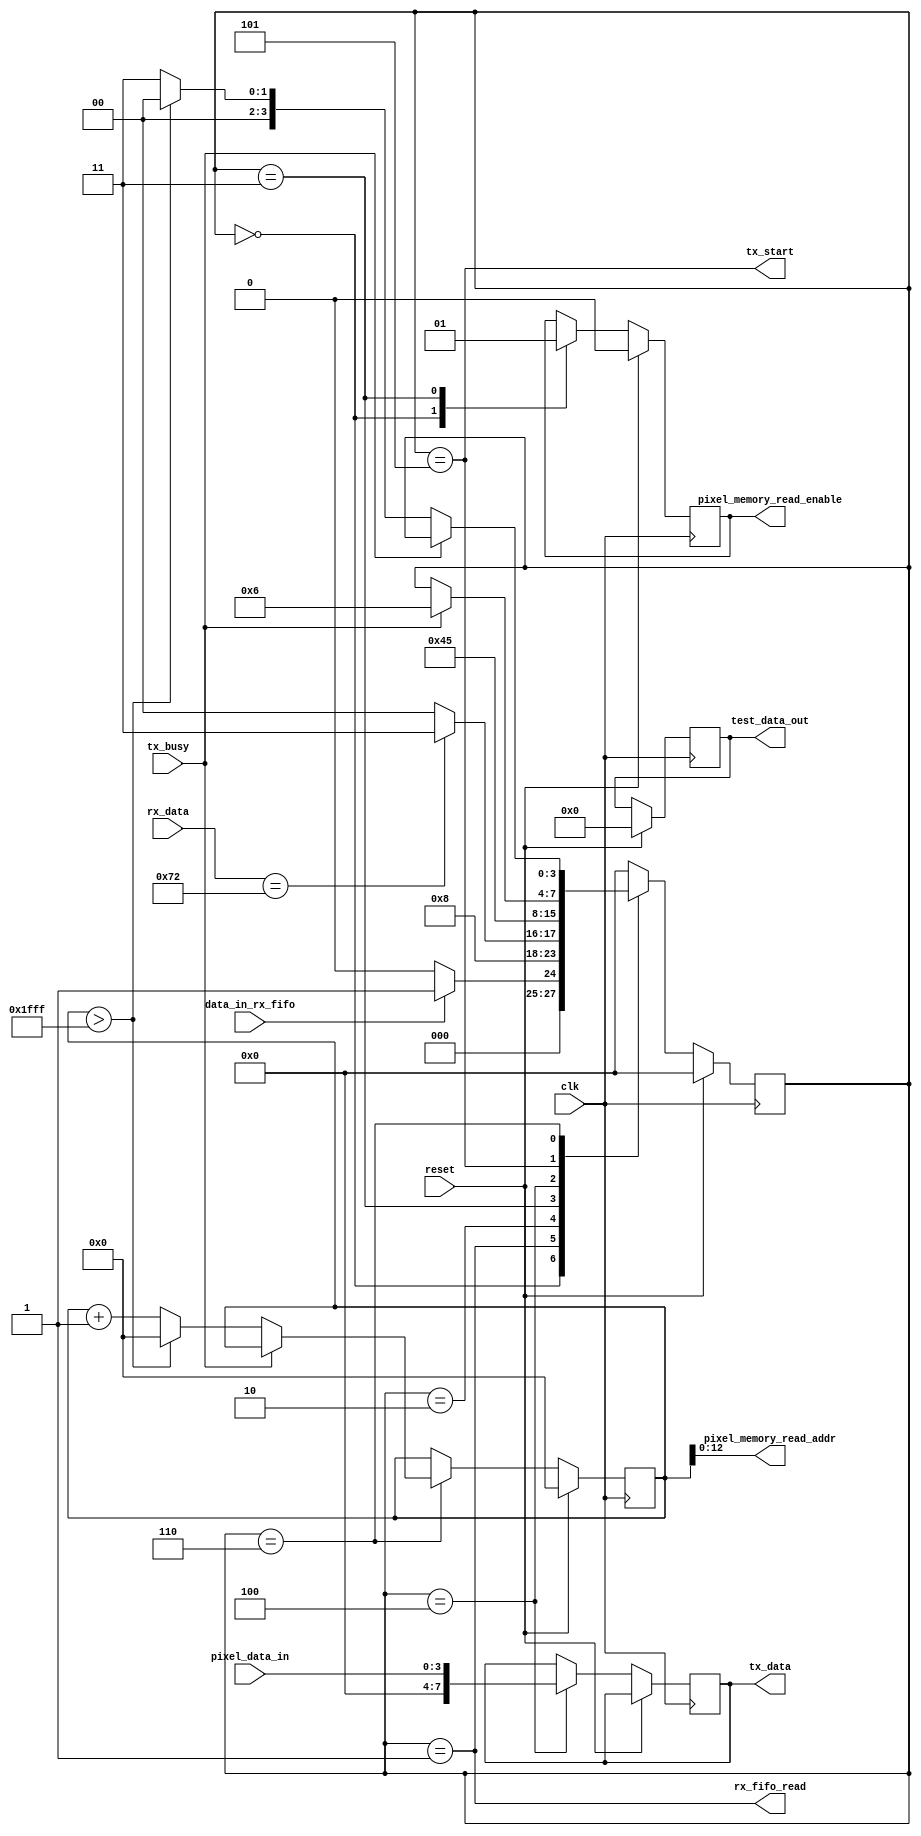
module SerialDataCtrl    (
input clk     ,  // clock Input
input reset ,     // reset Input
input data_in_rx_fifo  ,  // 1 when there is input data to process, 0 otherwise
input tx_busy, //1 when the transmit module is sending, 0 otherwise
input [7:0] rx_data, // input data recieved (as cached by fifo)
input [3:0] pixel_data_in, //input pixel data from pixel memory
output rx_fifo_read, //asserted to read the new byte from FIFO
output tx_start, //1 when tx_data has new data that should start transmitting, 0 otherwise
output [12:0] pixel_memory_read_addr, //memory to read from pixel memory
output reg pixel_memory_read_enable,
output reg [7:0] tx_data, // data to write to the tx fifo 
output reg [7:0] test_data_out //output from the controller - data extracted from input commands. Will eventually be replaced w ith something more meaningful.

);

reg [3:0] state;
reg [13:0] memory_ctr;

//-------------Code Starts Here-------
always @(posedge clk)
begin
	if (reset) begin
	  state <= 4'b0;
	  test_data_out <= 8'b0;
	  memory_ctr <= 13'b0;
	  pixel_memory_read_enable <= 0;
	end else begin
		case(state)
			4'b0000: begin //Idle State
				if(data_in_rx_fifo) state <= 4'b0001;
				else state <= 4'b0000;
				pixel_memory_read_enable <= 0;
			end
			4'b0001: begin //Trigger FIFO to output oldest element
				state <= 4'b0010;
			end
			4'b0010: begin //The byte on the input is the instruction - process accordingly here!
				if(rx_data == 8'h72) begin //command is 'r' - read from memory
					state <= 4'b0011; 
					end
				else state <= 4'b0000; //some other command, discard and reset back to idle
			end
			4'b0011: begin //read from memory
					pixel_memory_read_enable <= 1;
					state <= 4'b0100; 
			end
			4'b0100: begin //get memory's response
				state <= 4'b0101; 
				tx_data <= {4'b0000, pixel_data_in[3:0]};
			end
			4'b0101: begin //Wait for tx module to start transmitting
				if(tx_busy == 1'b1) state <= 4'b0110; 
			end
			4'b0110: begin //Wait for tx module to finish transmitting, then restart back in idel
				if(tx_busy == 1'b0) begin
					if(memory_ctr > 14'b01111111111111) begin
						state <= 4'b0000; 
						memory_ctr <= 14'b00000000000000;
						end
					else begin
						state <= 4'b0011;
						memory_ctr <= memory_ctr + 14'b01;
						end
				end 
			end
			default: state <= 4'b0000; //reset back to idle by default
		endcase
	end
end

//assign non-registered outputs based on state
assign rx_fifo_read = (state==4'b0001);
assign tx_start = (state==4'b0101);
assign pixel_memory_read_addr = memory_ctr[13:0];
	


endmodule